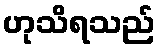
ဟုသိရသည်